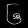
Digit: ၆